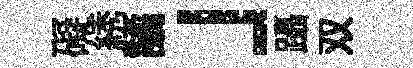
礙綉譎」躡双